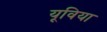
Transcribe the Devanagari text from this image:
यूविया